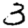
Digit: 3